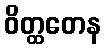
ဝိတ္ထတေန